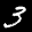
Label: 3